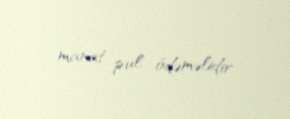
manat pul ödəməlidir.